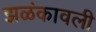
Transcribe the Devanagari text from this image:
झळंकावली